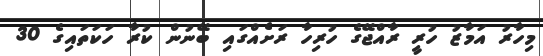
މިހާރު އަމާޒު ހުރީ ރާއްޖޭގެ ހުރިހާ ރަށެއްގައި ބޭނުން ކުރާ ހަކަތައިގެ 30